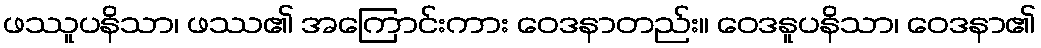
ဖဿူပနိသာ၊ ဖဿ၏ အကြောင်းကား ဝေဒနာတည်း။ ဝေဒနူပနိသာ၊ ဝေဒနာ၏